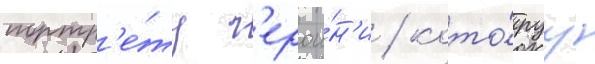
портр'е́ту г'ерои́н'и / кото́руу